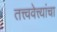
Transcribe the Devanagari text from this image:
तत्त्ववेत्त्यांचा